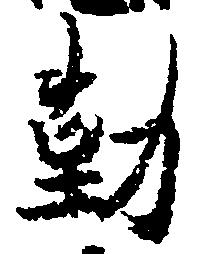
勤